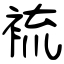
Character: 裗